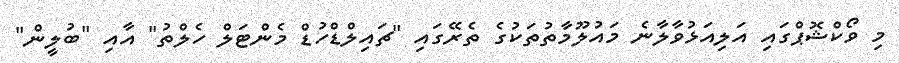
މި ވޯކްޝޮޕްގައި އަލިއަޅުވާލާނެ މައުލޫމާތުތަކުގެ ތެރޭގައި "ޗައިލްޑްހުޑް މެންޓަލް ހެލްތު" އާއި "ބުލީން"